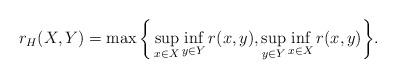
LaTeX: \begin{align*}r_H(X,Y)=\max\bigg\{\sup_{x\in X}\inf_{y\in Y} r(x,y), \sup_{y\in Y}\inf_{x\in X} r(x,y)\bigg\}.\end{align*}